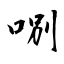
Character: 哵